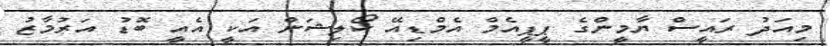
މިއަދު ރައީސް ޔާމީންގެ ޕީޕީއެމް އެމްޑިއޭ ކޯލިޝަން އަކީ އެއީ ބޮޑު އަރުމާޒު